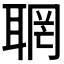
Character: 𦖉